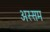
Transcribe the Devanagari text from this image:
अस्सम